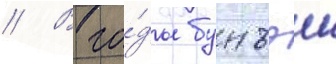
// В го́ды бунъэи